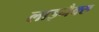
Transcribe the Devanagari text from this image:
लाइनैक्स